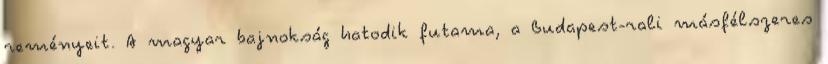
reményeit. A magyar bajnokság hatodik futama, a Budapest-rali másfélszeres